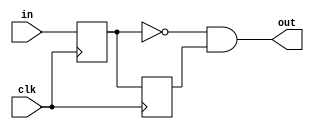
module falling_edge_detector(
    input wire in,
    input wire clk,
    output wire out
);

reg in_1;
reg in_2;
   
always @(posedge clk) begin
    in_1 <= in;
    in_2 <= in_1;
end

assign out = !in_1 && in_2;
    
endmodule